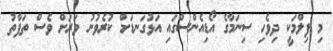
މި ފިލްމަކީ ދިވެހި ސިނަމާގެ އޯޑިއެންސްގައި އަޅުގަނޑަށް ކުރެވުނު ވަރަށް ވެސް ތަފާތު